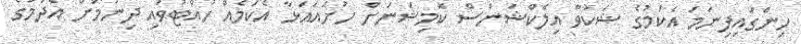
ހިންގައިފިނަމަ އެކަމުގެ ޝަކުވާ އިލެކްޝަންސް ކޮމިޝަނަށް ހުށައައަޅާ އެކަމެއް ހުއްޓުވައި ދިނުމަށް އެދުމުގެ